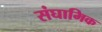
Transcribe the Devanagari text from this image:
संघामिक